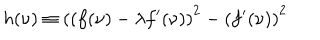
h ( \nu ) \equiv \left( ( f ( \nu ) - \lambda f ^ { \prime } ( \nu ) \right) ^ { 2 } - \left( f ^ { \prime } ( \nu ) \right) ^ { 2 }